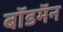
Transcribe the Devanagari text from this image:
बॉडमॅन